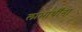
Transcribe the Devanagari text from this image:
लाभार्थींना